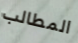
المطالب